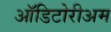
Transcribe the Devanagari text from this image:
ऑडिटोरीअम